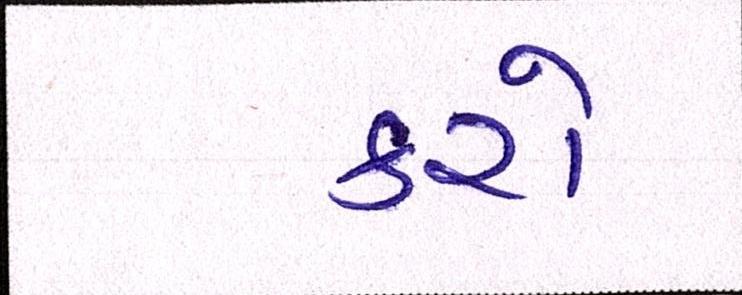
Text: કરો